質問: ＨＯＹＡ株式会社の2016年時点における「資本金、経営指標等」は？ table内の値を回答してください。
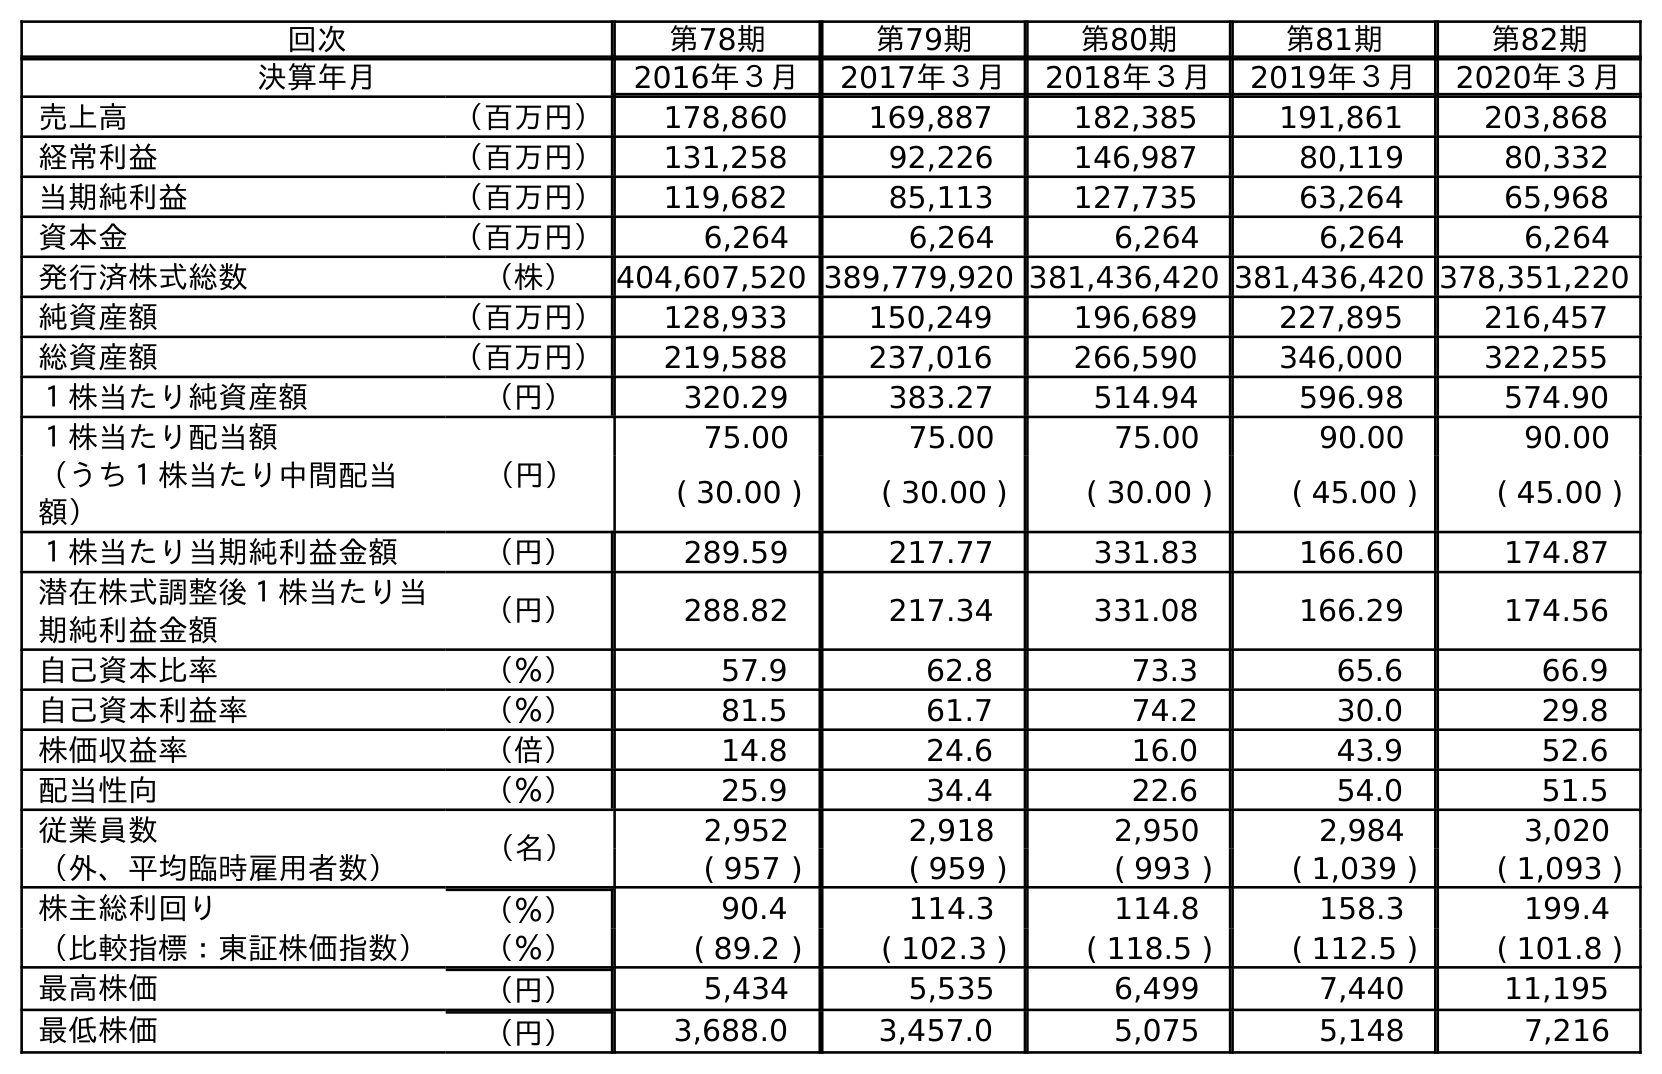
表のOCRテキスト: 回次 第78期 第79期 第80期 第81期 第82期 決算年月 2016年３月 2017年３月 2018年３月 2019年３月 2020年３月 売上高 （百万円） 178,860 169,887 182,385 191,861 203,868 経常利益 （百万円） 131,258 92,226 146,987 80,119 80,332 当期純利益 （百万円） 119,682 85,113 127,735 63,264 65,968 資本金 （百万円） 6,264 6,264 6,264 6,264 6,264 発行済株式総数 （株） 404,607,520 389,779,920 381,436,420 381,436,420 378,351,220 純資産額 （百万円） 128,933 150,249 196,689 227,895 216,457 総資産額 （百万円） 219,588 237,016 266,590 346,000 322,255 １株当たり純資産額 （円） 320.29 383.27 514.94 596.98 574.90 １株当たり配当額 （円） 75.00 75.00 75.00 90.00 90.00 （うち１株当たり中間配当 額） ( 30.00 ) ( 30.00 ) ( 30.00 ) ( 45.00 ) ( 45.00 ) １株当たり当期純利益金額 （円） 289.59 217.77 331.83 166.60 174.87 潜在株式調整後１株当たり当 期純利益金額 （円） 288.82 217.34 331.08 166.29 174.56 自己資本比率 （％） 57.9 62.8 73.3 65.6 66.9 自己資本利益率 （％） 81.5 61.7 74.2 30.0 29.8 株価収益率 （倍） 14.8 24.6 16.0 43.9 52.6 配当性向 （％） 25.9 34.4 22.6 54.0 51.5 従業員数 （名） 2,952 2,918 2,950 2,984 3,020 （外、平均臨時雇用者数） ( 957 ) ( 959 ) ( 993 ) ( 1,039 ) ( 1,093 ) 株主総利回り （％） 90.4 114.3 114.8 158.3 199.4 （比較指標：東証株価指数） （％） ( 89.2 ) ( 102.3 ) ( 118.5 ) ( 112.5 ) ( 101.8 ) 最高株価 （円） 5,434 5,535 6,499 7,440 11,195 最低株価 （円） 3,688.0 3,457.0 5,075 5,148 7,216
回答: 6,264